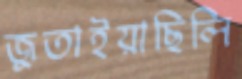
জুতাইয়াছিলি